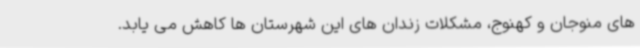
های منوجان و کهنوج، مشکلات زندان های این شهرستان ها کاهش می یابد.